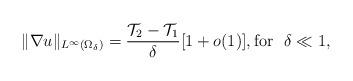
\begin{align*} \|\nabla u \|_{L^\infty(\Omega_\delta)}=\frac{\mathcal{T}_2-\mathcal{T}_1}{\delta}[1+o(1)], \mbox{for }~ \delta\ll 1,\end{align*}